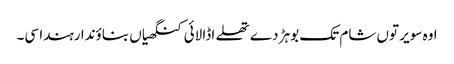
اوہ سویر توں شام تک بوہڑ دے تھلے اڈا لائی کنگھیاں بناؤندا رہندا سی۔